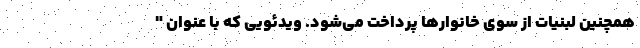
همچنین لبنیات از سوی خانوارها پرداخت می‌شود. ویدئویی که با عنوان "